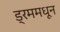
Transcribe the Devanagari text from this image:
ड्रममधून